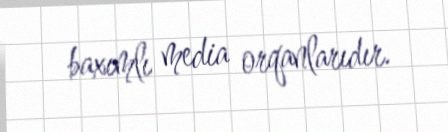
baxımlı media orqanlarıdır.